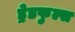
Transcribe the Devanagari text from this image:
ड्रेडफुल्स